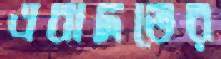
এবাদতের